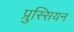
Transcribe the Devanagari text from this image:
प्रुस्सियन